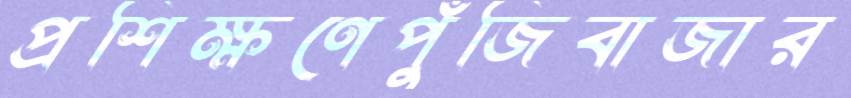
প্রশিক্ষণেপুঁজিবাজার